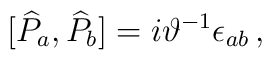
\lbrack \widehat{P}_{a},\widehat{P}_{b}]=i\vartheta ^{-1}\epsilon _{ab}\,,